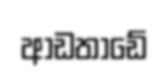
ආඩතාඩේ